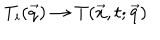
T _ { i } ( \vec { q } ) \to T ( \vec { x } , t ; \vec { q } )